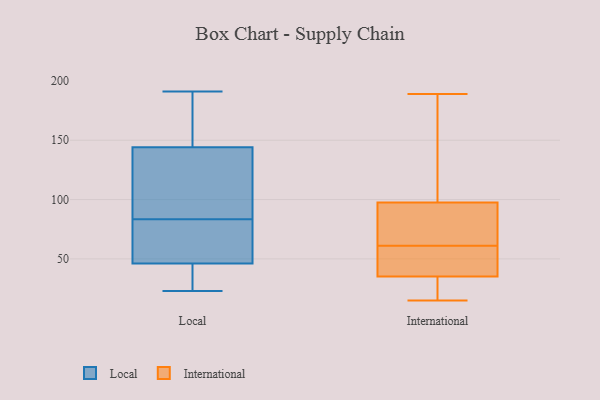
{"axis": {"x": "Website Visitors", "y": "Value"}, "legend": ["International", "Local"], "data": [{"x": "", "y": 80, "type": "Local"}, {"x": "", "y": 191, "type": "Local"}, {"x": "", "y": 144, "type": "Local"}, {"x": "", "y": 86, "type": "Local"}, {"x": "", "y": 45, "type": "Local"}, {"x": "", "y": 190, "type": "Local"}, {"x": "", "y": 57, "type": "Local"}, {"x": "", "y": 81, "type": "Local"}, {"x": "", "y": 126, "type": "Local"}, {"x": "", "y": 24, "type": "Local"}, {"x": "", "y": 23, "type": "Local"}, {"x": "", "y": 41, "type": "Local"}, {"x": "", "y": 189, "type": "Local"}, {"x": "", "y": 92, "type": "Local"}, {"x": "", "y": 46, "type": "Local"}, {"x": "", "y": 67, "type": "Local"}, {"x": "", "y": 115, "type": "Local"}, {"x": "", "y": 183, "type": "Local"}, {"x": "", "y": 160, "type": "International"}, {"x": "", "y": 171, "type": "International"}, {"x": "", "y": 50, "type": "International"}, {"x": "", "y": 96, "type": "International"}, {"x": "", "y": 34, "type": "International"}, {"x": "", "y": 34, "type": "International"}, {"x": "", "y": 189, "type": "International"}, {"x": "", "y": 98, "type": "International"}, {"x": "", "y": 36, "type": "International"}, {"x": "", "y": 50, "type": "International"}, {"x": "", "y": 15, "type": "International"}, {"x": "", "y": 80, "type": "International"}, {"x": "", "y": 77, "type": "International"}, {"x": "", "y": 35, "type": "International"}, {"x": "", "y": 61, "type": "International"}]}